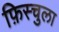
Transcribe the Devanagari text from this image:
फ़िस्चुला